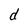
Character: d